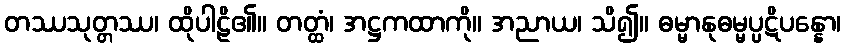
တဿသုတ္တဿ၊ ထိုပါဠိ၏။ တတ္ထံ၊ အဋ္ဌကထာကို။ အညာယ၊ သိ၍။ ဓမ္မာနုဓမ္မပ္ပဋိပန္နော၊